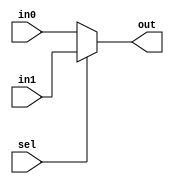
module mux21(
  in0, in1, sel, out
);
  parameter DATA_WIDTH = 32;

  input  [DATA_WIDTH-1:0] in0;
  input  [DATA_WIDTH-1:0] in1;
  input                   sel;
  output [DATA_WIDTH-1:0] out;

  assign out = (sel == 0) ? in0 : in1;

endmodule